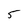
Character: 5